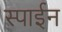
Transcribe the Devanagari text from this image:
स्पाईन